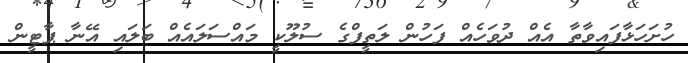
ހުށަހަޅާފައިވާތާ އެއް ދުވަހެއް ފަހުން ލަތީފްގެ ސުލޫކީ މައްސަލައެއް ބަލައި އޭނާ ޕާޓީން